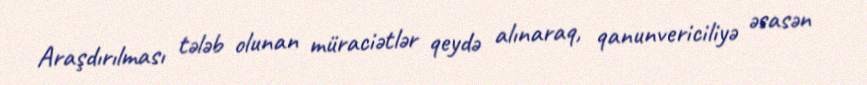
Araşdırılması tələb olunan müraciətlər qeydə alınaraq, qanunvericiliyə əsasən